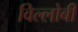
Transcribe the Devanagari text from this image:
विल्लोबी